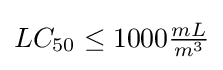
LC_{50}\leq 1000{\tfrac {mL}{m^{3}}}